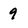
Character: 9